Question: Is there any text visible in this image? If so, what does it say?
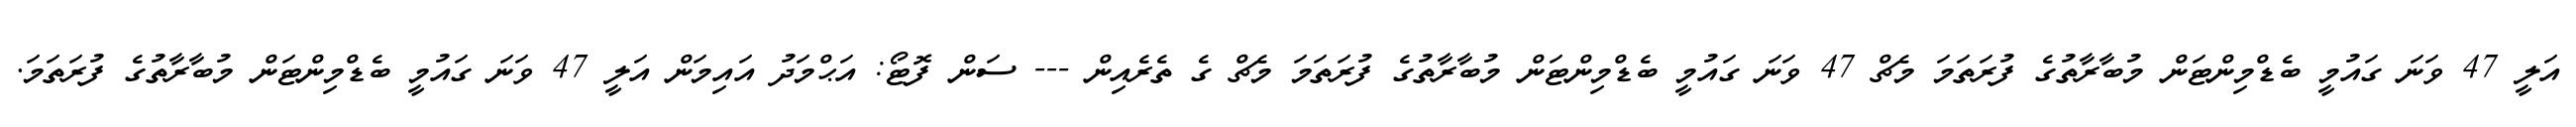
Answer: އަލީ 47 ވަނަ ގައުމީ ބެޑްމިންޓަން މުބާރާތުގެ ފުރަތަމަ މެޗް 47 ވަނަ ގައުމީ ބެޑްމިންޓަން މުބާރާތުގެ ފުރަތަމަ މެޗް ގެ ތެރެއިން --- ސަން ފޮޓޯ: އަޙްމަދު އައިމަން އަލީ 47 ވަނަ ގައުމީ ބެޑްމިންޓަން މުބާރާތުގެ ފުރަތަމަ.